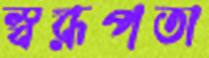
স্বরূপতা